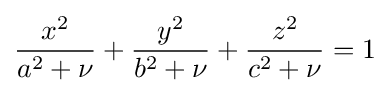
{\frac {x^{2}}{a^{2}+\nu }}+{\frac {y^{2}}{b^{2}+\nu }}+{\frac {z^{2}}{c^{2}+\nu }}=1